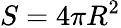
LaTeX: S=4\pi R^{2}